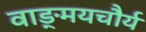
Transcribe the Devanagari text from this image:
वाङ्‌मयचौर्य